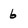
Character: b